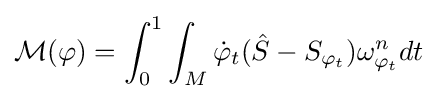
{\mathcal {M}}(\varphi )=\int _{0}^{1}\int _{M}{\dot {\varphi }}_{t}({\hat {S}}-S_{\varphi _{t}})\omega _{\varphi _{t}}^{n}dt